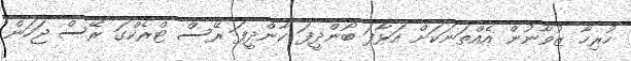
ހުރިހާ ޒުވާނުން އެއްތަނަކަށް އަޅާފަ ބޯންދީފަ ކާންދީފަ ރޭސް ޓްރެކްގަ ރޭސް ޖަހަން